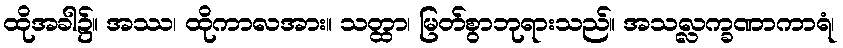
ထိုအခါ၌။ အဿ၊ ထိုကာလအား။ သတ္ထာ၊ မြတ်စွာဘုရားသည်။ အသလ္လက္ခဏာကာရံ၊